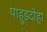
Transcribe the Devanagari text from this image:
पाहुड़दोहा